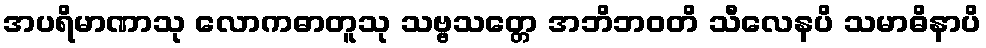
အပရိမာဏာသု လောကဓာတူသု သဗ္ဗသတ္တေ အဘိဘဝတိ သီလေနပိ သမာဓိနာပိ